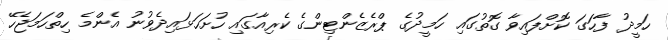
ހަމީދު ފާހަގަ ކޮށްފައިވާ ގޮތުގައި ހަމީދުގެ ޕްރެޒެންޓިންގެ ކެރިއާގައި ހުށަހަޅައިދެވުނު އެންމެ ހިތްހަމަޖެހޭ